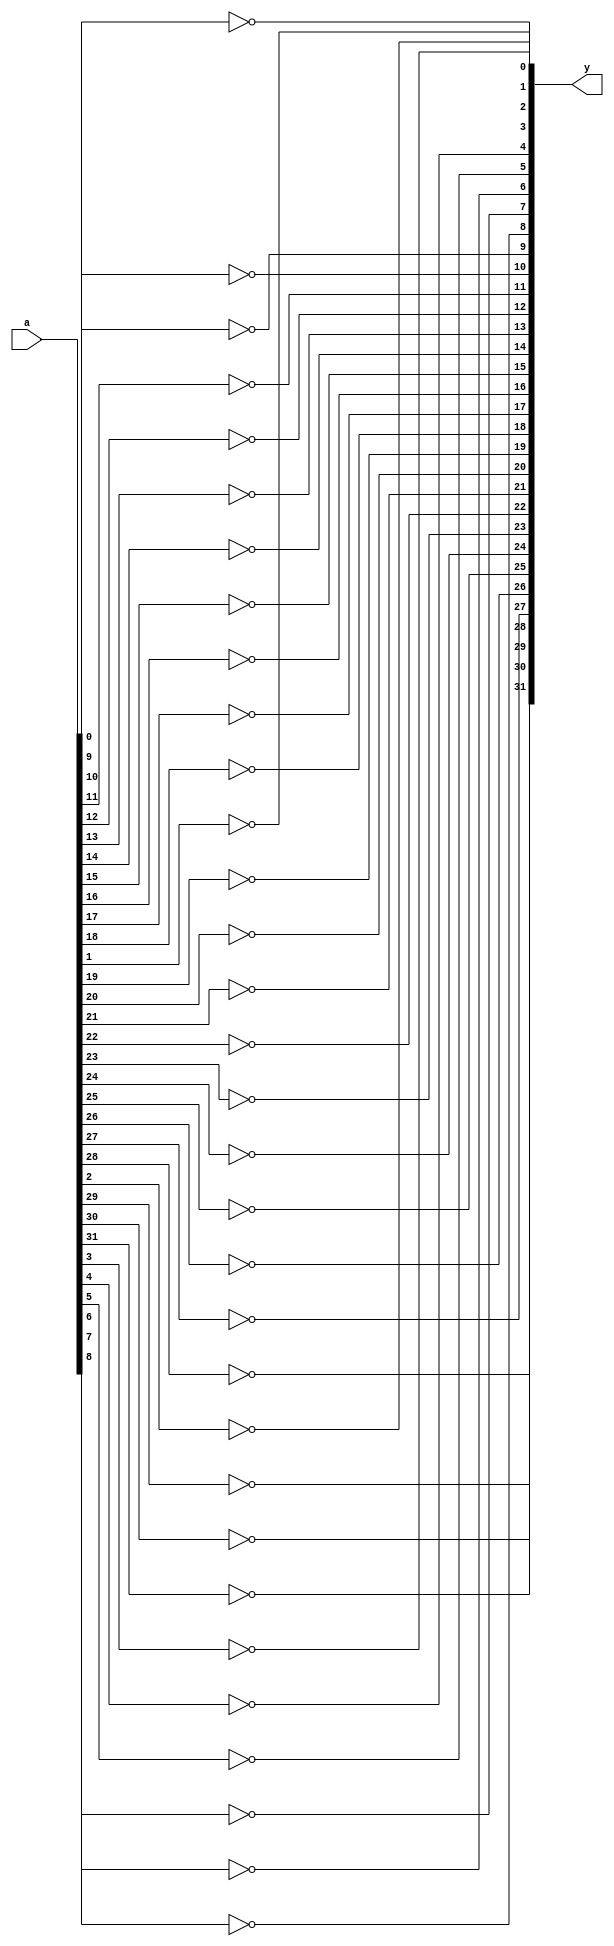
module not_all
(
    input [31:0] a,
    output [31:0] y
);
    not c0(y[0],a[0]);
    not c1(y[1],a[1]);
    not c2(y[2],a[2]);
    not c3(y[3],a[3]);
    not c4(y[4],a[4]);
    not c5(y[5],a[5]);
    not c6(y[6],a[6]);
    not c7(y[7],a[7]);
    not c8(y[8],a[8]);
    not c9(y[9],a[9]);
    not c10(y[10],a[10]);
    not c11(y[11],a[11]);
    not c12(y[12],a[12]);
    not c13(y[13],a[13]);
    not c14(y[14],a[14]);
    not c15(y[15],a[15]);
    not c16(y[16],a[16]);
    not c17(y[17],a[17]);
    not c18(y[18],a[18]);
    not c19(y[19],a[19]);
    not c20(y[20],a[20]);
    not c21(y[21],a[21]);
    not c22(y[22],a[22]);
    not c23(y[23],a[23]);
    not c24(y[24],a[24]);
    not c25(y[25],a[25]);
    not c26(y[26],a[26]);
    not c27(y[27],a[27]);
    not c28(y[28],a[28]);
    not c29(y[29],a[29]);
    not c30(y[30],a[30]);
    not c31(y[31],a[31]);
endmodule